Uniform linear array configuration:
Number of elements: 8
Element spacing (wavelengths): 0.75
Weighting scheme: binomial
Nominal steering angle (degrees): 15
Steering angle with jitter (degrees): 15.502
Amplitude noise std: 0.05
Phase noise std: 0.05

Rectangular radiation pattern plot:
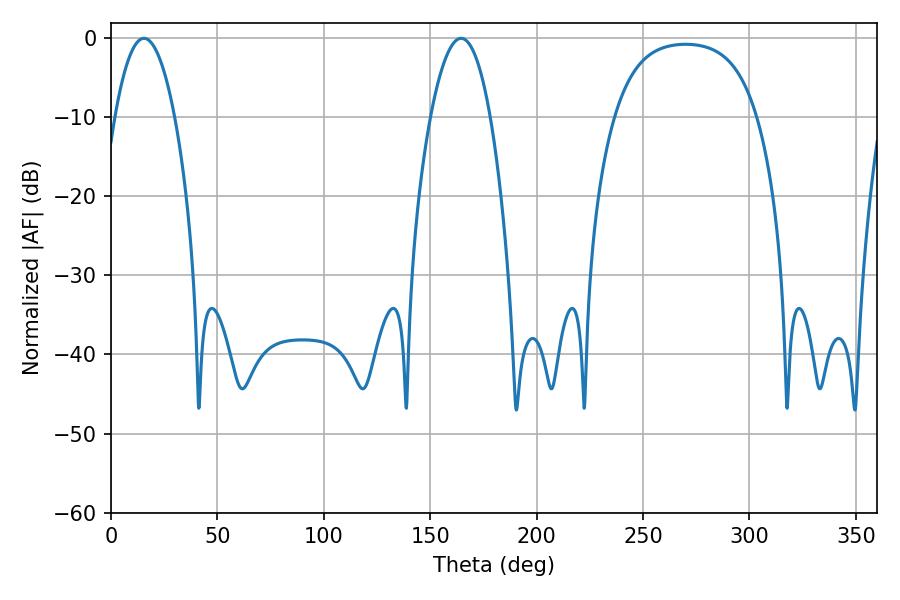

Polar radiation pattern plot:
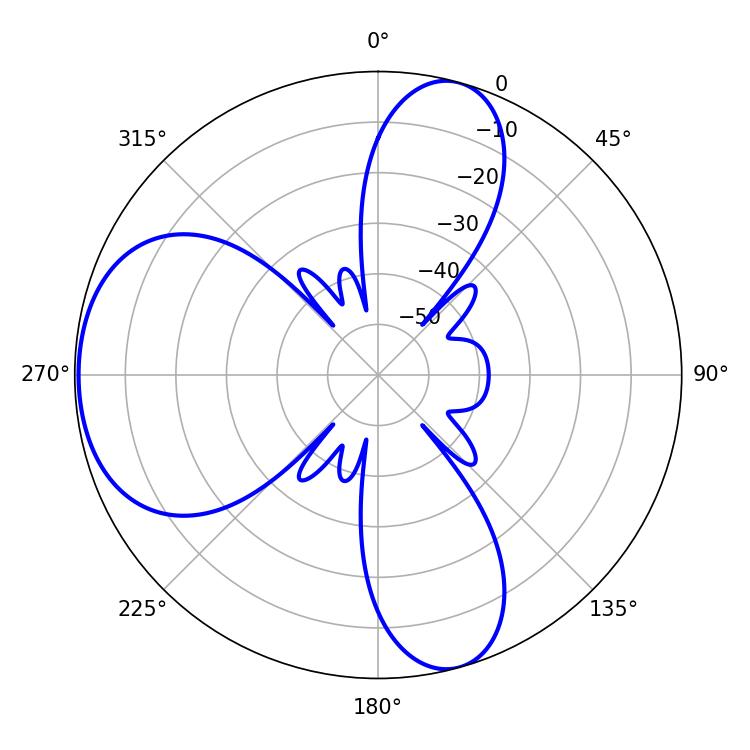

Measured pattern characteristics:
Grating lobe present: TRUE
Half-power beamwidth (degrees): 15.48
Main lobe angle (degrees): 15.48